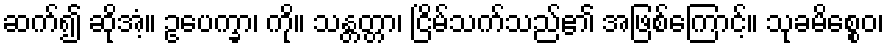
ဆက်၍ ဆိုအံ့။ ဥပေက္ခာ၊ ကို။ သန္တတ္တာ၊ ငြိမ်သက်သည်၏ အဖြစ်ကြောင့်။ သုခမိစ္စေဝ၊